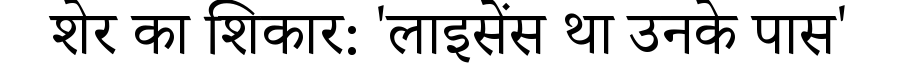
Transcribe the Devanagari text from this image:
शेर का शिकार: 'लाइसेंस था उनके पास'